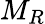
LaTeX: M_{R}